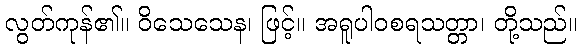
လွတ်ကုန်၏။ ဝိသေသေန၊ ဖြင့်။ အရူပါဝစရသတ္တာ၊ တို့သည်။